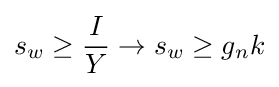
s_{w}\geq {\frac {I}{Y}}\to s_{w}\geq g_{n}k